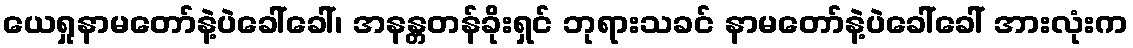
ယေရှုနာမတော်နဲ့ပဲခေါ်ခေါ်၊ အနန္တတန်ခိုးရှင် ဘုရားသခင် နာမတော်နဲ့ပဲခေါ်ခေါ် အားလုံးက